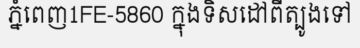
ភ្នំពេញ1FE-5860 ក្នុងទិសដៅពីត្បូងទៅ